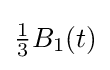
{\tfrac {1}{3}}B_{1}(t)